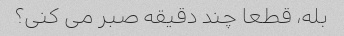
بله، قطعا چند دقیقه صبر می کنی؟